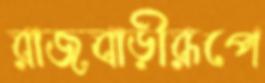
রাজবাড়ীরূপে